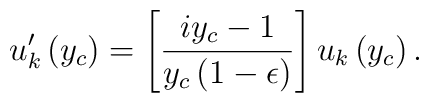
u_k'\left(y_c\right) = \left[{i y_c - 1 \over y_c \left(1 - \epsilon\right)}\right] u_k\left(y_c\right).